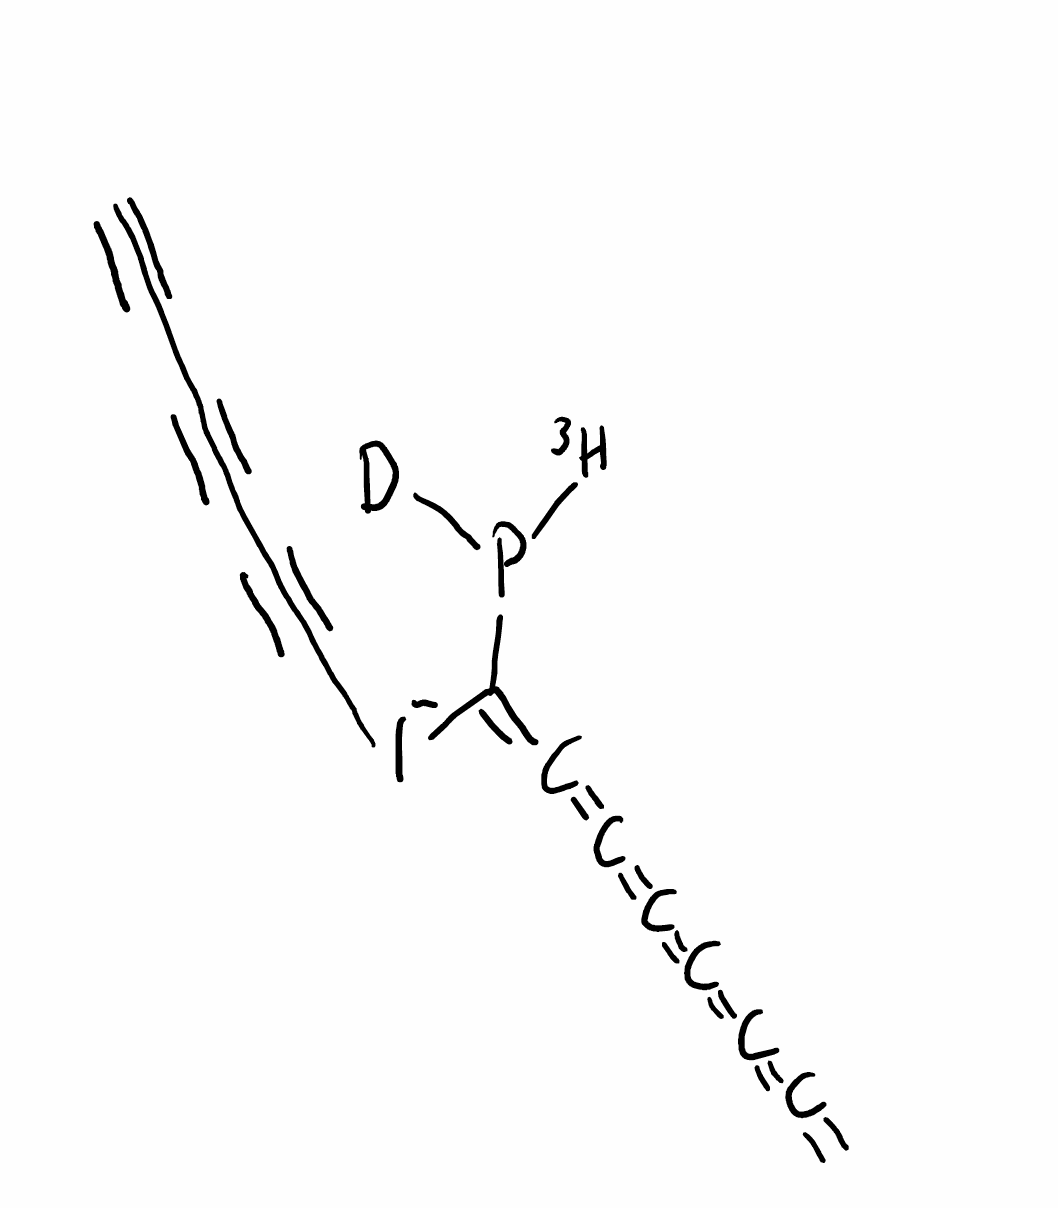
Simplified molecular-input line-entry system (SMILES) notation of the given molecule:
[2H]P([3H])C(=C=C=C=C=C=C=C)[I-]C#CC#CC#C